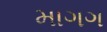
માગગ